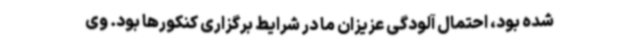
شده بود، احتمال آلودگی عزیزان ما در شرایط برگزاری کنکورها بود. وی